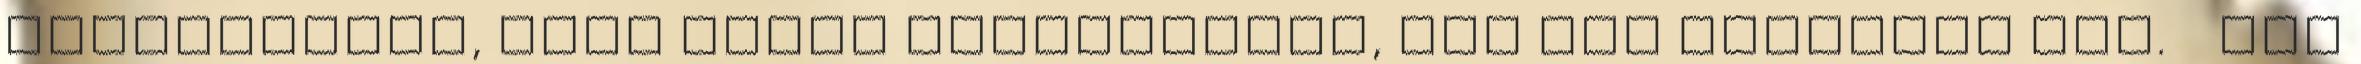
megindultam, hogy addig kaszaboljam, míg egy darabban van. Egy